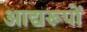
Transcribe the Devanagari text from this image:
आद्यरूपों